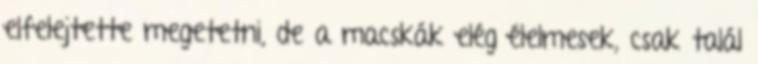
elfelejtette megetetni, de a macskák elég élelmesek, csak talál